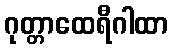
ဂုတ္တာထေရီဂါထာ